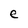
Character: e